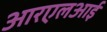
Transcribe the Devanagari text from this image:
आरएलआई